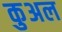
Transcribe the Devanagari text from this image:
कुअल